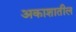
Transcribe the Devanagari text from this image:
अकाशातील